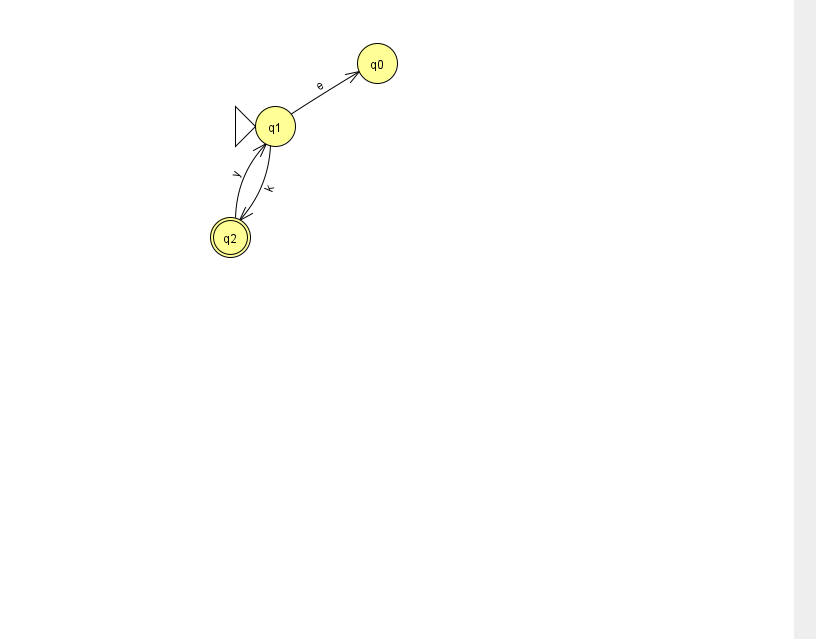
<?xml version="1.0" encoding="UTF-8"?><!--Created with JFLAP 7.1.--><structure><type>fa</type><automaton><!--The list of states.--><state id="0" name="q0"><x>377.0</x><y>50.0</y></state><state id="1" name="q1"><x>275.0</x><y>113.0</y><initial/></state><state id="2" name="q2"><x>230.0</x><y>224.0</y><final/></state><!--The list of transitions.--><transition><from>1</from><to>0</to><read>e</read></transition><transition><from>1</from><to>2</to><read>k</read></transition><transition><from>2</from><to>1</to><read>y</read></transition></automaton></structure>